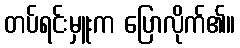
တပ်ရင်းမှူးက ပြောလိုက်၏။